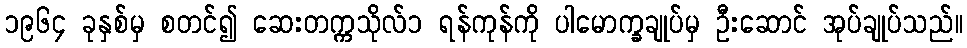
၁၉၆၄ ခုနှစ်မှ စတင်၍ ဆေးတက္ကသိုလ်၁ ရန်ကုန်ကို ပါမောက္ခချုပ်မှ ဦးဆောင် အုပ်ချုပ်သည်။